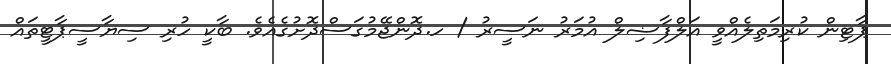
ޕާޓިން ކުރިމަތިލެއްވީ އަލްފާޟިލް އުމަރު ނަސީރު / ހ.ދޮންޖޭމުގަސްދޮށުގެއެވެ. ބާކީ ހުރި ސިޔާސީޕާޓީތައް